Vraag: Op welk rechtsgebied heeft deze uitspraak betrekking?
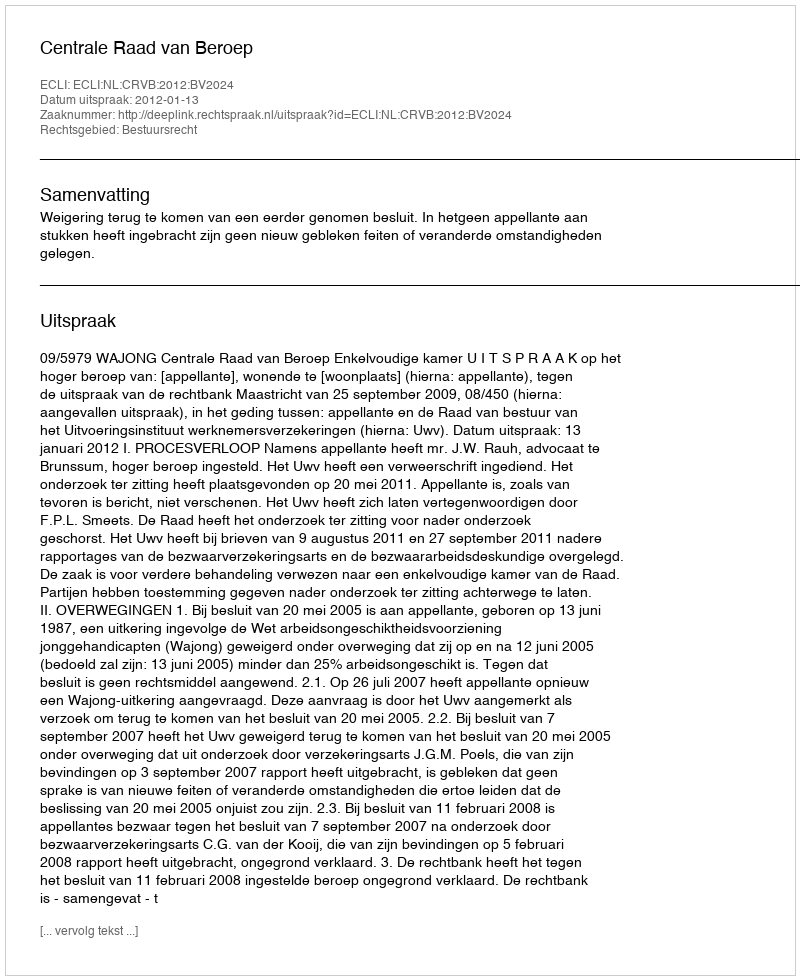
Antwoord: Bestuursrecht